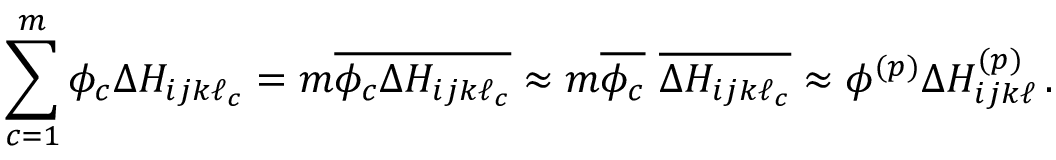
\sum _ { c = 1 } ^ { m } \phi _ { c } \Delta H _ { i j k \ell _ { c } } = m \overline { { \phi _ { c } \Delta H _ { i j k \ell _ { c } } } } \approx m \overline { { \phi _ { c } } } \, \, \overline { { \Delta H _ { i j k \ell _ { c } } } } \approx \phi ^ { ( p ) } \Delta H _ { i j k \ell } ^ { ( p ) } \, .